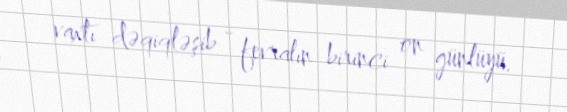
vaxtı dəqiqləşib - fevralın birinci on günlüyü.